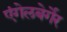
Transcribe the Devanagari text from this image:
एंगेलबेर्गेर